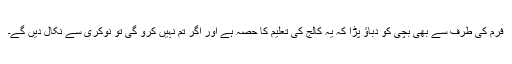
فرم کی طرف سے بھی بچی کو دباؤ پڑا کہ یہ کالج کی تعلیم کا حصہ ہے اور اگر تم نہیں کرو گی تو نوکری سے نکال دیں گے۔